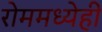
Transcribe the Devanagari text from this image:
रोममध्येही